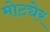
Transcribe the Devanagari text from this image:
मोट्येर